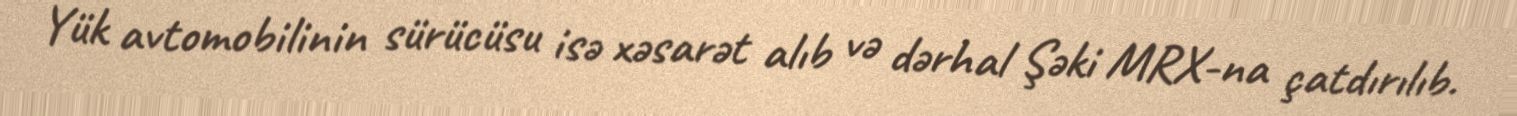
Yük avtomobilinin sürücüsu isə xəsarət alıb və dərhal Şəki MRX-na çatdırılıb.